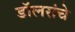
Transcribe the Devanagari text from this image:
डॉलरांचे